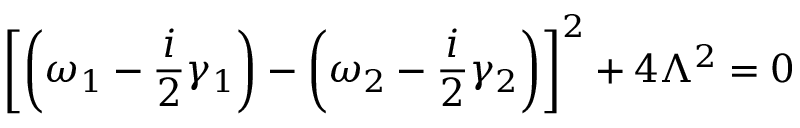
\left[ \left( \omega _ { 1 } - \frac { i } { 2 } \gamma _ { 1 } \right) - \left( \omega _ { 2 } - \frac { i } { 2 } \gamma _ { 2 } \right) \right] ^ { 2 } + 4 \Lambda ^ { 2 } = 0